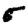
Digit: 5